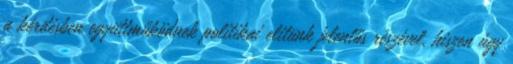
a kérdésben együttműködnek politikai elitünk jelentős részével, hiszen úgy